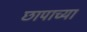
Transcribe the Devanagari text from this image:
छापाच्या